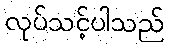
လုပ်သင့်ပါသည်